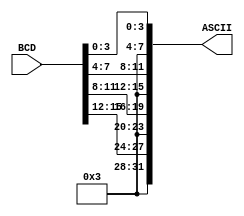

//Written by Pranav, CS20B029

module BCD_to_ASCII# (parameter N=32,M=16) (ASCII, BCD) ;
input  [M-1:0] BCD;
output [N-1:0]ASCII;

wire [3:0]T;

assign T= 4'b0011;
assign ASCII={T, BCD[15:12] ,T, BCD[11:8],T, BCD[7:4],T, BCD[3:0]};
endmodule